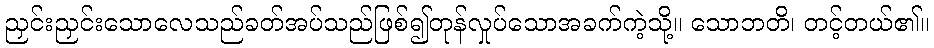
ညှင်းညှင်းသောလေသည်ခတ်အပ်သည်ဖြစ်၍တုန်လှုပ်သောအခက်ကဲ့သို့။ သောဘတိ၊ တင့်တယ်၏။